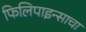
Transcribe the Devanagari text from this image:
फिलिपाइन्साचा